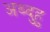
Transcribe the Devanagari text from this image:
अब्दुहु